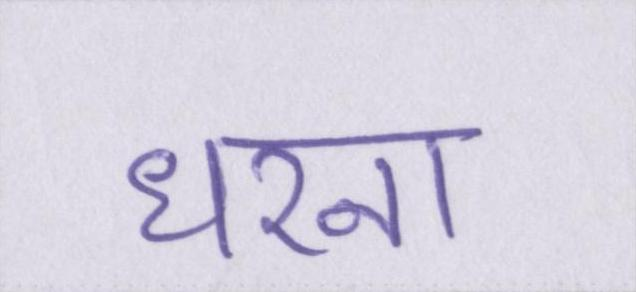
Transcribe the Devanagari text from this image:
धरना